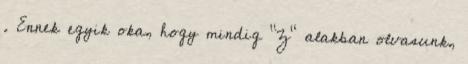
. Ennek egyik oka, hogy mindig "Z" alakban olvasunk,